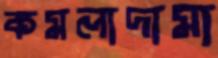
কমলাদামা